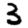
Digit: 3